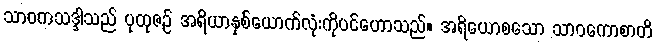
သာဝကသဒ္ဒါသည် ပုထုဇဉ် အရိယာနှစ်ယောက်လုံးကိုပင်ဟောသည်။ အရိယောစသော သာဝကောစာတိ